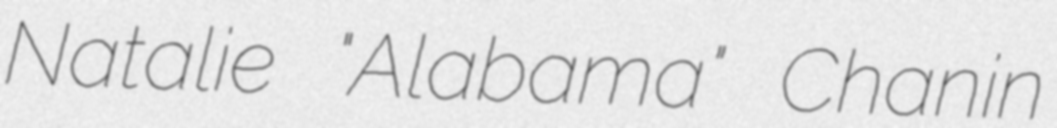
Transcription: Natalie "Alabama" Chanin